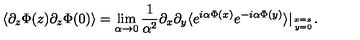
\langle \partial _ { z } \Phi ( z ) \partial _ { z } \Phi ( 0 ) \rangle = \lim _ { \alpha \rightarrow 0 } { \frac { 1 } { \alpha ^ { 2 } } } \partial _ { x } \partial _ { y } \langle e ^ { i \alpha \Phi ( x ) } e ^ { - i \alpha \Phi ( y ) } \rangle | _ { { x = z } \atop { y = 0 } } .